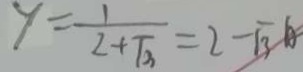
y = \frac { 1 } { 2 + \sqrt { 3 } } = 2 - \sqrt { 3 } 1 0